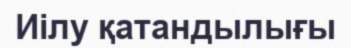
Иілу қатандылығы